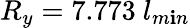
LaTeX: R_{y}=7.773~l_{m\mathbf{i}n}